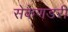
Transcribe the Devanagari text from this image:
सेकेणडरी